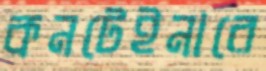
কনটেইনারে